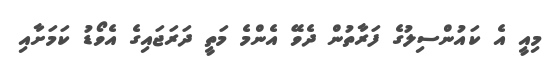
މިއީ އެ ކައުންސިލުގެ ފަރާތުން ދެވޭ އެންމެ މަތީ ދަރަޖައިގެ އެވޯޑު ކަަމަށާއި